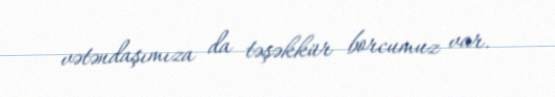
vətəndaşımıza da təşəkkür borcumuz var.